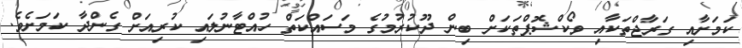
ކަމަށާއި ގަރާޖްތަކާއި ވޯކްޝޮޕްތަކަށް ބިން ދޫކުރުމުގެ މަސައްކަތް ހުއްޓާނުލައި ކުރިއަށް ގެންދާ ކަމަށެވެ.